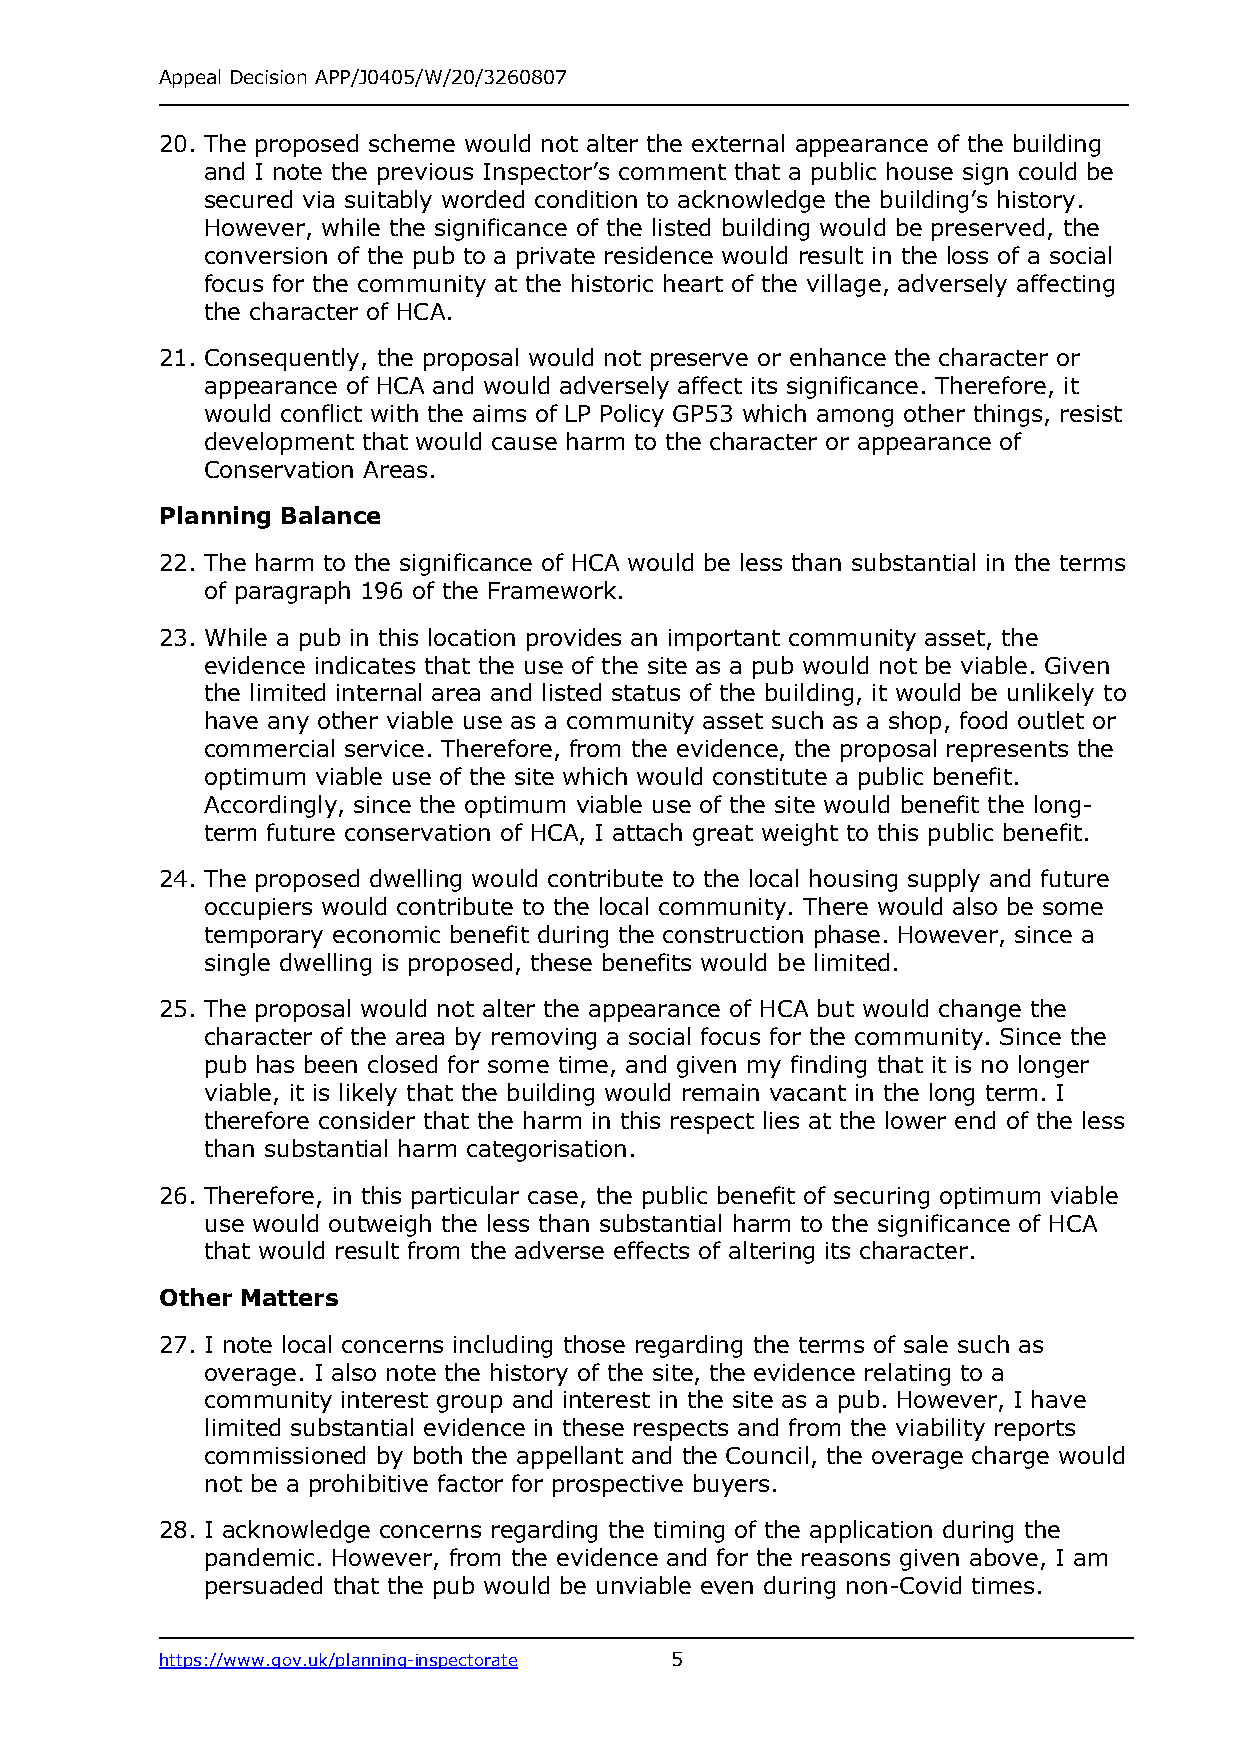
Appeal Decision APP/J0405/W/20/3260807
 20. The proposed scheme would not alter the external appearance of the building
 and I note the previous Inspector’s comment that a public house sign could be
 secured via suitably worded condition to acknowledge the building’s history.
 However, while the significance of the listed building would be preserved, the
 conversion of the pub to a private residence would result in the loss of a social
 focus for the community at the historic heart of the village, adversely affecting
 the character of HCA.
 21. Consequently, the proposal would not preserve or enhance the character or
 appearance of HCA and would adversely affect its significance. Therefore, it
 would conflict with the aims of LP Policy GP53 which among other things, resist
 development that would cause harm to the character or appearance of
 Conservation Areas.
 Planning Balance
 22. The harm to the significance of HCA would be less than substantial in the terms
 of paragraph 196 of the Framework.
 23. While a pub in this location provides an important community asset, the
 evidence indicates that the use of the site as a pub would not be viable. Given
 the limited internal area and listed status of the building, it would be unlikely to
 have any other viable use as a community asset such as a shop, food outlet or
 commercial service. Therefore, from the evidence, the proposal represents the
 optimum viable use of the site which would constitute a public benefit.
 Accordingly, since the optimum viable use of the site would benefit the long-
 term future conservation of HCA, I attach great weight to this public benefit.
 24. The proposed dwelling would contribute to the local housing supply and future
 occupiers would contribute to the local community. There would also be some
 temporary economic benefit during the construction phase. However, since a
 single dwelling is proposed, these benefits would be limited.
 25. The proposal would not alter the appearance of HCA but would change the
 character of the area by removing a social focus for the community. Since the
 pub has been closed for some time, and given my finding that it is no longer
 viable, it is likely that the building would remain vacant in the long term. I
 therefore consider that the harm in this respect lies at the lower end of the less
 than substantial harm categorisation.
 26. Therefore, in this particular case, the public benefit of securing optimum viable
 use would outweigh the less than substantial harm to the significance of HCA
 that would result from the adverse effects of altering its character.
 Other Matters
 27. I note local concerns including those regarding the terms of sale such as
 overage. I also note the history of the site, the evidence relating to a
 community interest group and interest in the site as a pub. However, I have
 limited substantial evidence in these respects and from the viability reports
 commissioned by both the appellant and the Council, the overage charge would
 not be a prohibitive factor for prospective buyers.
 28. I acknowledge concerns regarding the timing of the application during the
 pandemic. However, from the evidence and for the reasons given above, I am
 persuaded that the pub would be unviable even during non-Covid times.
 https://www.gov.uk/planning-inspectorate 5